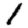
Digit: 1